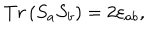
T r \left( S _ { a } S _ { b } \right) = 2 \varepsilon _ { a b } ,